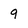
Character: 9